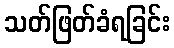
သတ်ဖြတ်ခံရခြင်း